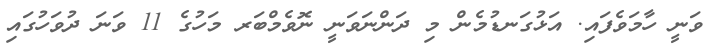
ވަނީ ހާމަވެފައި. އަޅުގަނޑުމެން މި ދަންނަވަނީ ނޮވެމްބަރ މަހުގެ 11 ވަނަ ދުވަހުގައި